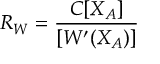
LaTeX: { \cal R } _ { W } = \frac { C [ X _ { A } ] } { [ W ^ { \prime } ( X _ { A } ) ] }